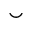
\smile